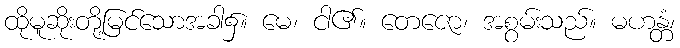
ထိုမူဆိုးတို့မြင်သောအခါ၌။ မေ၊ ငါ၏။ တေဇော၊ အစွမ်းသည်။ မဟန္တံ၊